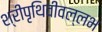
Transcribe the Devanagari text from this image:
श्रीपृथिवीवल्लभ